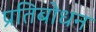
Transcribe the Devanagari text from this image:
प्रतिबोधन